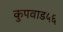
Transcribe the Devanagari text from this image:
कुपवाड५६